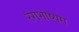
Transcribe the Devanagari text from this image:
रंगभाष्यम